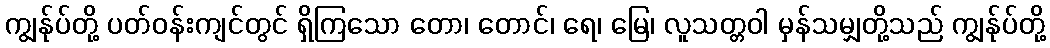
ကျွန်ုပ်တို့ ပတ်ဝန်းကျင်တွင် ရှိကြသော တော၊ တောင်၊ ရေ၊ မြေ၊ လူသတ္တဝါ မှန်သမျှတို့သည် ကျွန်ုပ်တို့